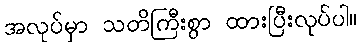
အလုပ်မှာ သတိကြီးစွာ ထားပြီးလုပ်ပါ။